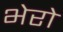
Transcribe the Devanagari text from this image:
भेरो